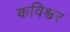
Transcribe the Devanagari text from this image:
कविश्वर